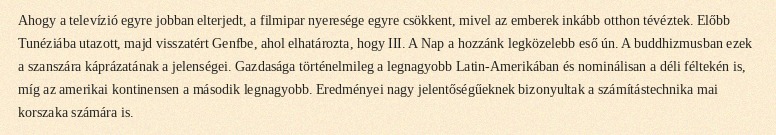
Ahogy a televízió egyre jobban elterjedt, a filmipar nyeresége egyre csökkent, mivel az emberek inkább otthon tévéztek. Előbb Tunéziába utazott, majd visszatért Genfbe, ahol elhatározta, hogy III. A Nap a hozzánk legközelebb eső ún. A buddhizmusban ezek a szanszára káprázatának a jelenségei. Gazdasága történelmileg a legnagyobb Latin-Amerikában és nominálisan a déli féltekén is, míg az amerikai kontinensen a második legnagyobb. Eredményei nagy jelentőségűeknek bizonyultak a számítástechnika mai korszaka számára is.